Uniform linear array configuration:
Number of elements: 16
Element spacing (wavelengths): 0.75
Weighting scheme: hann
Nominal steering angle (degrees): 0
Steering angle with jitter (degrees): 1.53
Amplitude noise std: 0.05
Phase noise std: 0.05

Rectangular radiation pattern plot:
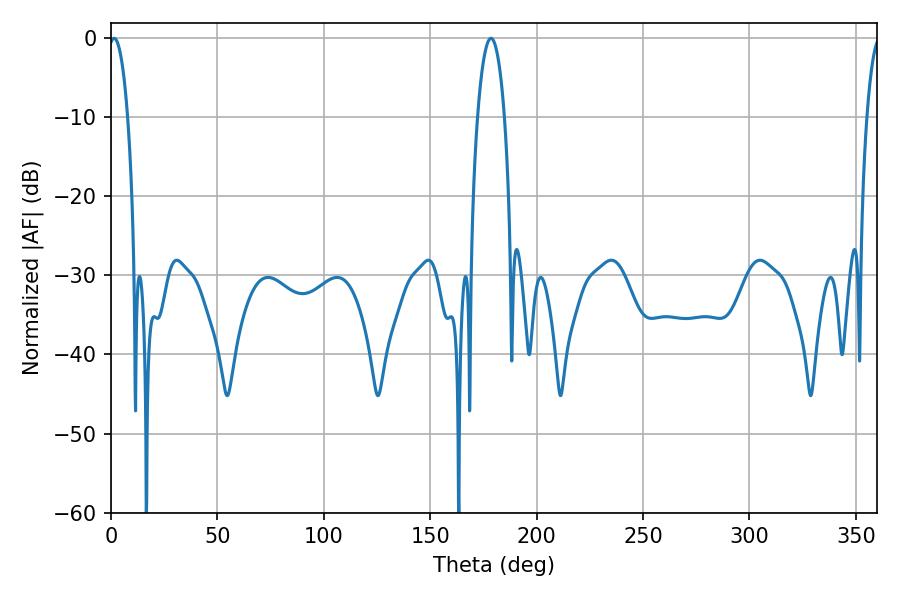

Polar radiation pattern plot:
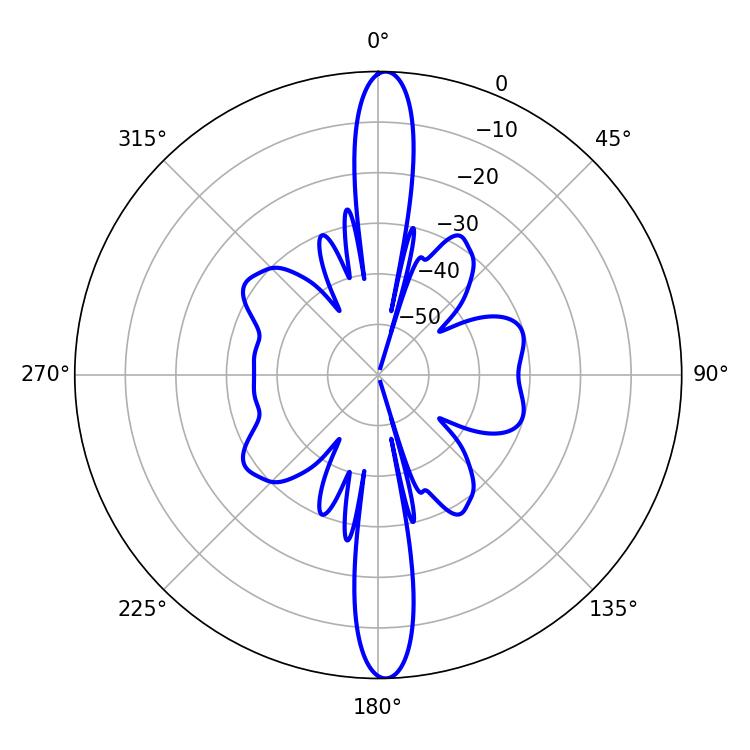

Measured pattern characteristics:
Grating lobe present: TRUE
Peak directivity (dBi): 24.741
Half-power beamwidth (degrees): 5.04
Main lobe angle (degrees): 1.44